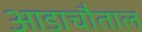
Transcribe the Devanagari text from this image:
आडाचौताल